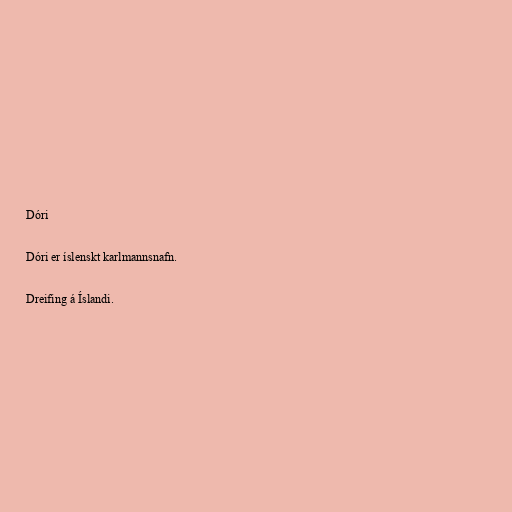
Dóri

Dóri er íslenskt karlmannsnafn.

Dreifing á Íslandi.